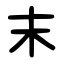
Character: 末